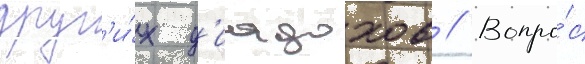
друг'и́х д'иадохов // Вопро́с